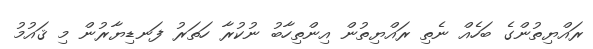
ރައްޔިތުންގެ ބަހެއް ނެތި ރައްޔިތުން އިންތިހާބު ނުކުރާ ހަތަރު ފަނޑިޔާރުން މި ޤައުމު